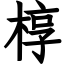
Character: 椁